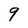
Character: 9